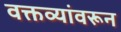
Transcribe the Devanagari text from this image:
वक्तव्यांवरून